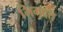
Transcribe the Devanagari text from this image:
भिमदत्त